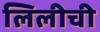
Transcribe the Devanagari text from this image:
लिलीची